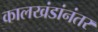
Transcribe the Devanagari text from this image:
कालखंडांनंतर